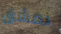
دمشق